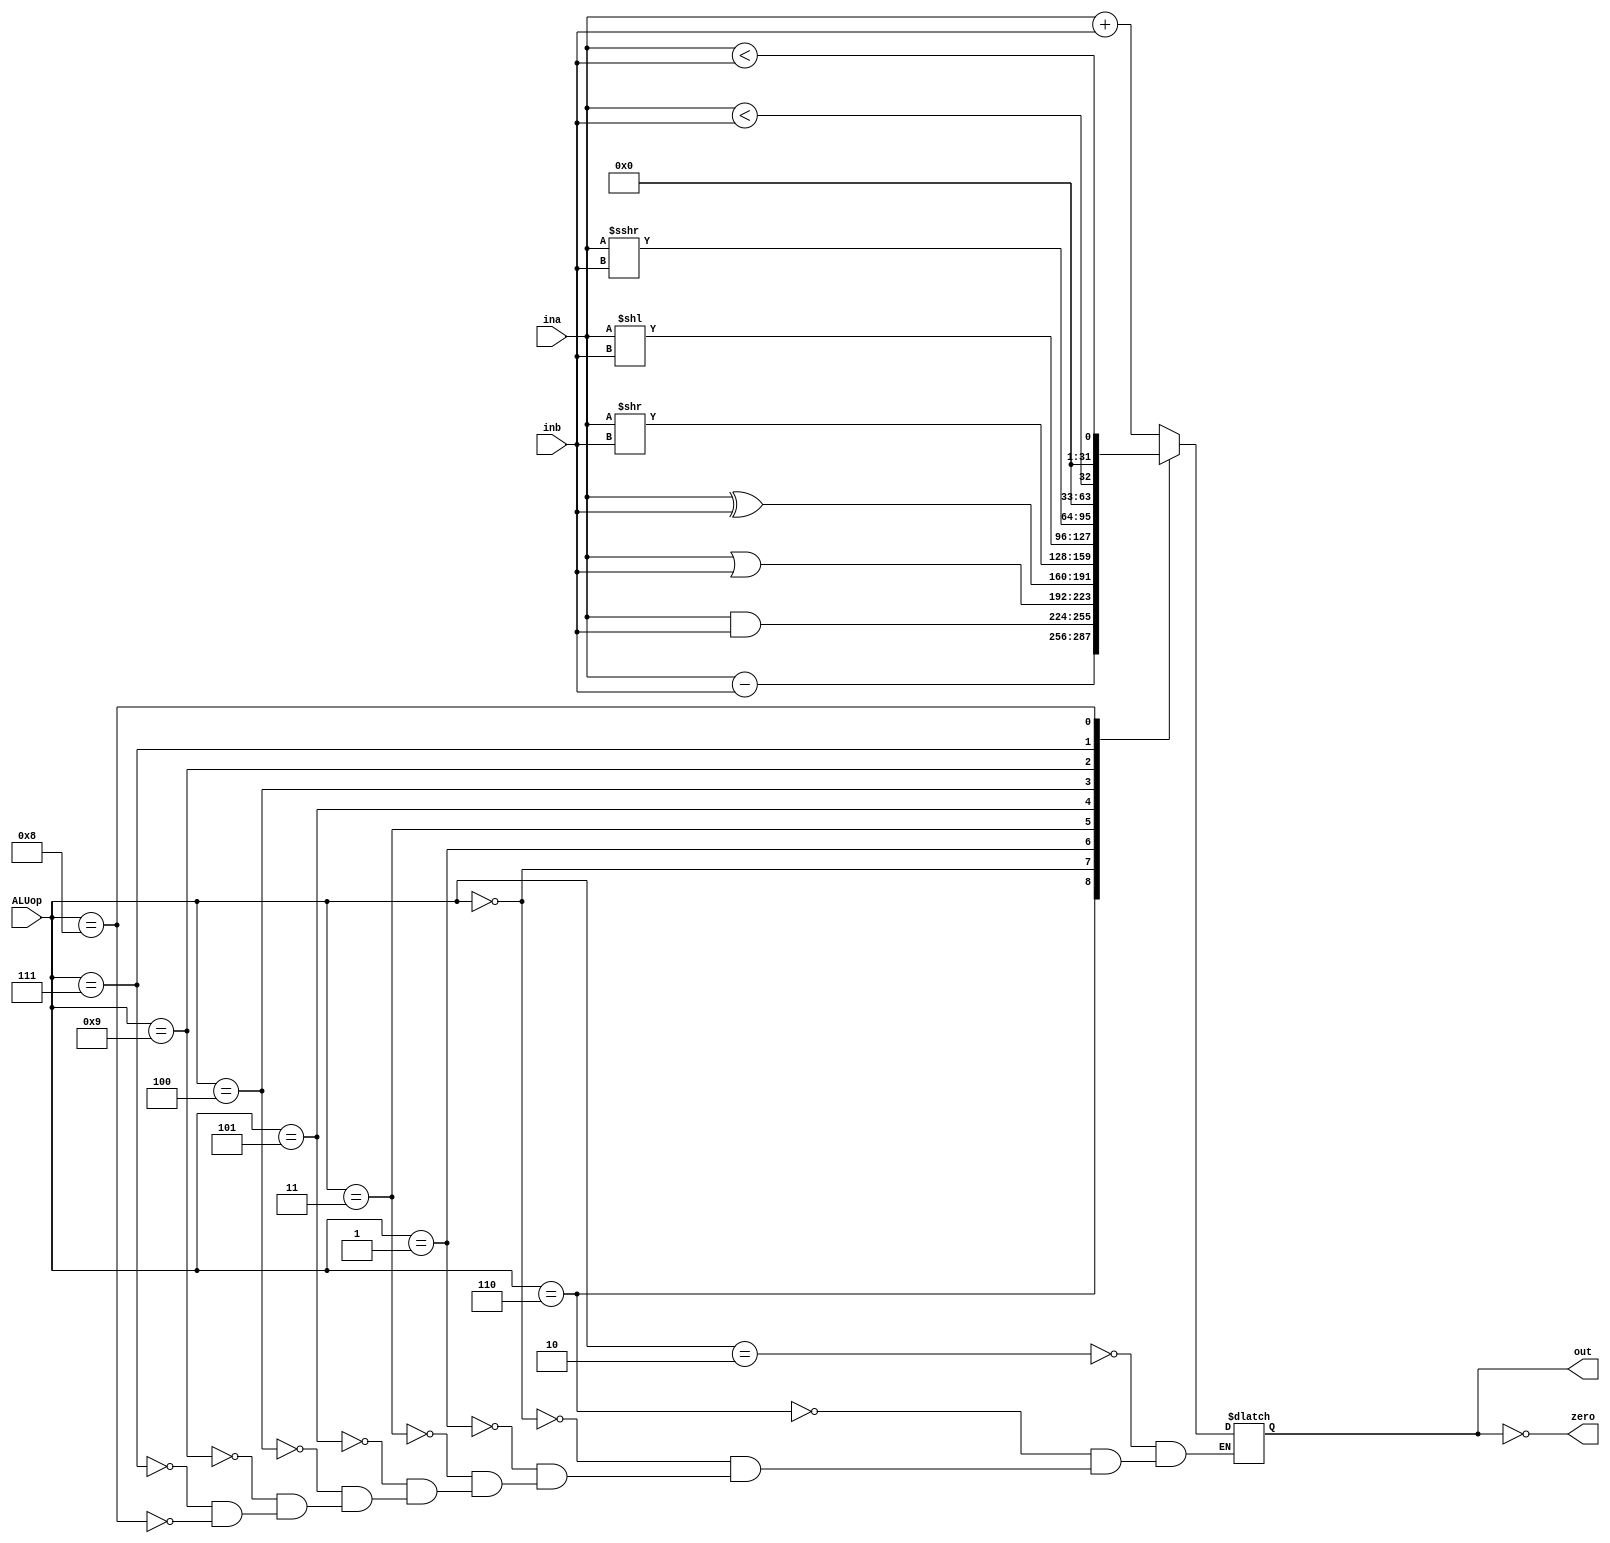
`timescale 1ns / 1ps

module ALU(input [3:0] ALUop,
           input [31:0] ina,inb,
           output zero,
           output reg [31:0] out);

    always @(*) begin
        case (ALUop)
            4'b0010 : out = ina + inb; // ld, sd, add
            4'b0110 : out = ina - inb; // sub, beq, bge
            4'b0000 : out = ina & inb; // and
            4'b0001 : out = ina | inb; // or
            4'b0011 : out = ina ^ inb; // xor
            4'b0101 : out = ina >> inb; // srl, srli
            4'b0100 : out = ina << inb; // sll, slli
            4'b1001 : out = ina >>> inb; // sra, srai
            // comparatia din verilog e unsigned in mod normal
            // sltu -> unsigned -> out = 1 daca ina < inb
            4'b0111 : out = (ina < inb); // sltu, bltu, bgeu
            4'b1000 : out = ($signed(ina) < $signed(inb)); // slt, blt, bge
        endcase
    end
    
    assign zero = (out == 0);

endmodule